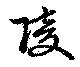
陵